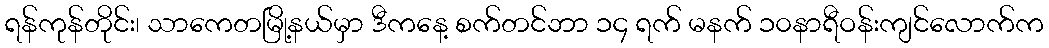
ရန်ကုန်တိုင်း၊ သာကေတမြို့နယ်မှာ ဒီကနေ့ စက်တင်ဘာ ၁၄ ရက် မနက် ၁၀နာရီဝန်းကျင်လောက်က